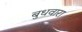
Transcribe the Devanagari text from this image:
बुधवारा